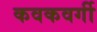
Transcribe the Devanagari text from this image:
कवकवर्गी